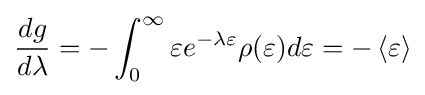
{\dfrac {dg}{d\lambda }}=-\int _{0}^{\infty }\varepsilon e^{-\lambda \varepsilon }\rho (\varepsilon )d\varepsilon =-\left\langle \varepsilon \right\rangle